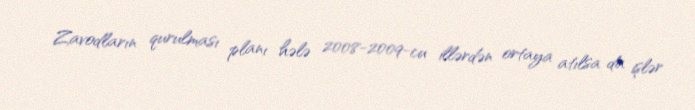
Zavodların qurulması planı hələ 2008-2009-cu illərdən ortaya atılsa da işlər